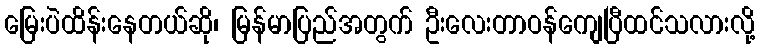
မြေးပဲထိန်းနေတယ်ဆို၊ မြန်မာပြည်အတွက် ဦးလေးတာဝန်ကျေပြီထင်သလားလို့